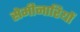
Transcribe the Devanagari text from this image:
सेमीनारियों